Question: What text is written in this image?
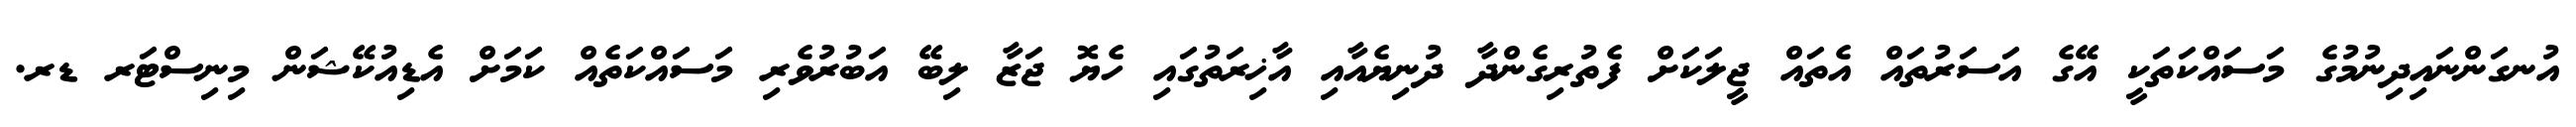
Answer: އުނގަންނައިދިނުމުގެ މަސައްކަތަކީ އޭގެ އަސަރުތައް އެތައް ޖީލަކަށް ފެތުރިގެންދާ ދުނިޔެއާއި އާޚިރަތުގައި ހެޔޮ ޖަޒާ ލިބޭ އަބުރުވެރި މަސައްކަތެއް ކަމަށް އެޑިއުކޭޝަން މިނިސްޓަރ ޑރ.